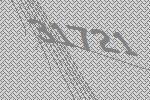
31721